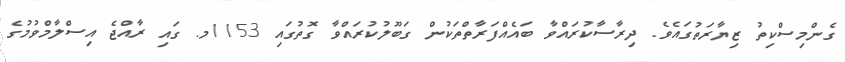
ގެންމިސްކިތު ޒިޔާރަތުގައެވެ. ދިރާސާކުރައްވާ ބައެއްފަރާތްތަކުން ގަބޫލުކުރައްވާ ގޮތުގައި 1153މ. ގައި ރާއްޖެ އިސްލާމްވުމުގެ